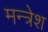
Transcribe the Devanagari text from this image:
मन्त्रेश